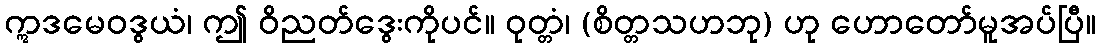
ဣဒမေဝဒွယံ၊ ဤ ဝိညတ်ဒွေးကိုပင်။ ဝုတ္တံ၊ (စိတ္တသဟဘု) ဟု ဟောတော်မူအပ်ပြီ။